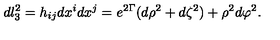
d l _ { 3 } ^ { 2 } = h _ { i j } d x ^ { i } d x ^ { j } = e ^ { 2 \Gamma } ( d \rho ^ { 2 } + d \zeta ^ { 2 } ) + \rho ^ { 2 } d \varphi ^ { 2 } .